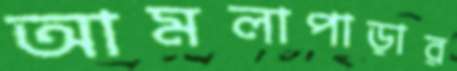
আমলাপাড়ার